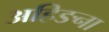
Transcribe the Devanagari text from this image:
अहिङना